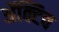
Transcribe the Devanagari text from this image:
ॲक्टिव